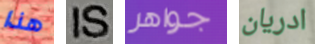
هذا IS جواهر ادريان